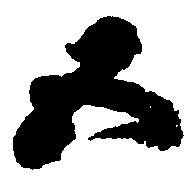
五